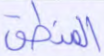
المنطق